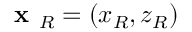
\textbf { x } _ { R } = ( x _ { R } , z _ { R } )